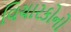
વિચારકોનો